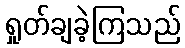
ရှုတ်ချခဲ့ကြသည်